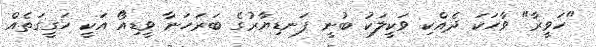
"ހަވީރާ" ވާހަކަ ދެއްކި ވަކީލަކު ބުނީ ފަނޑިޔާރުގެ ބަރަހަނާ ވީޑިއޯ އަކީ ހަގީގަތެއް